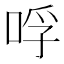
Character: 哹